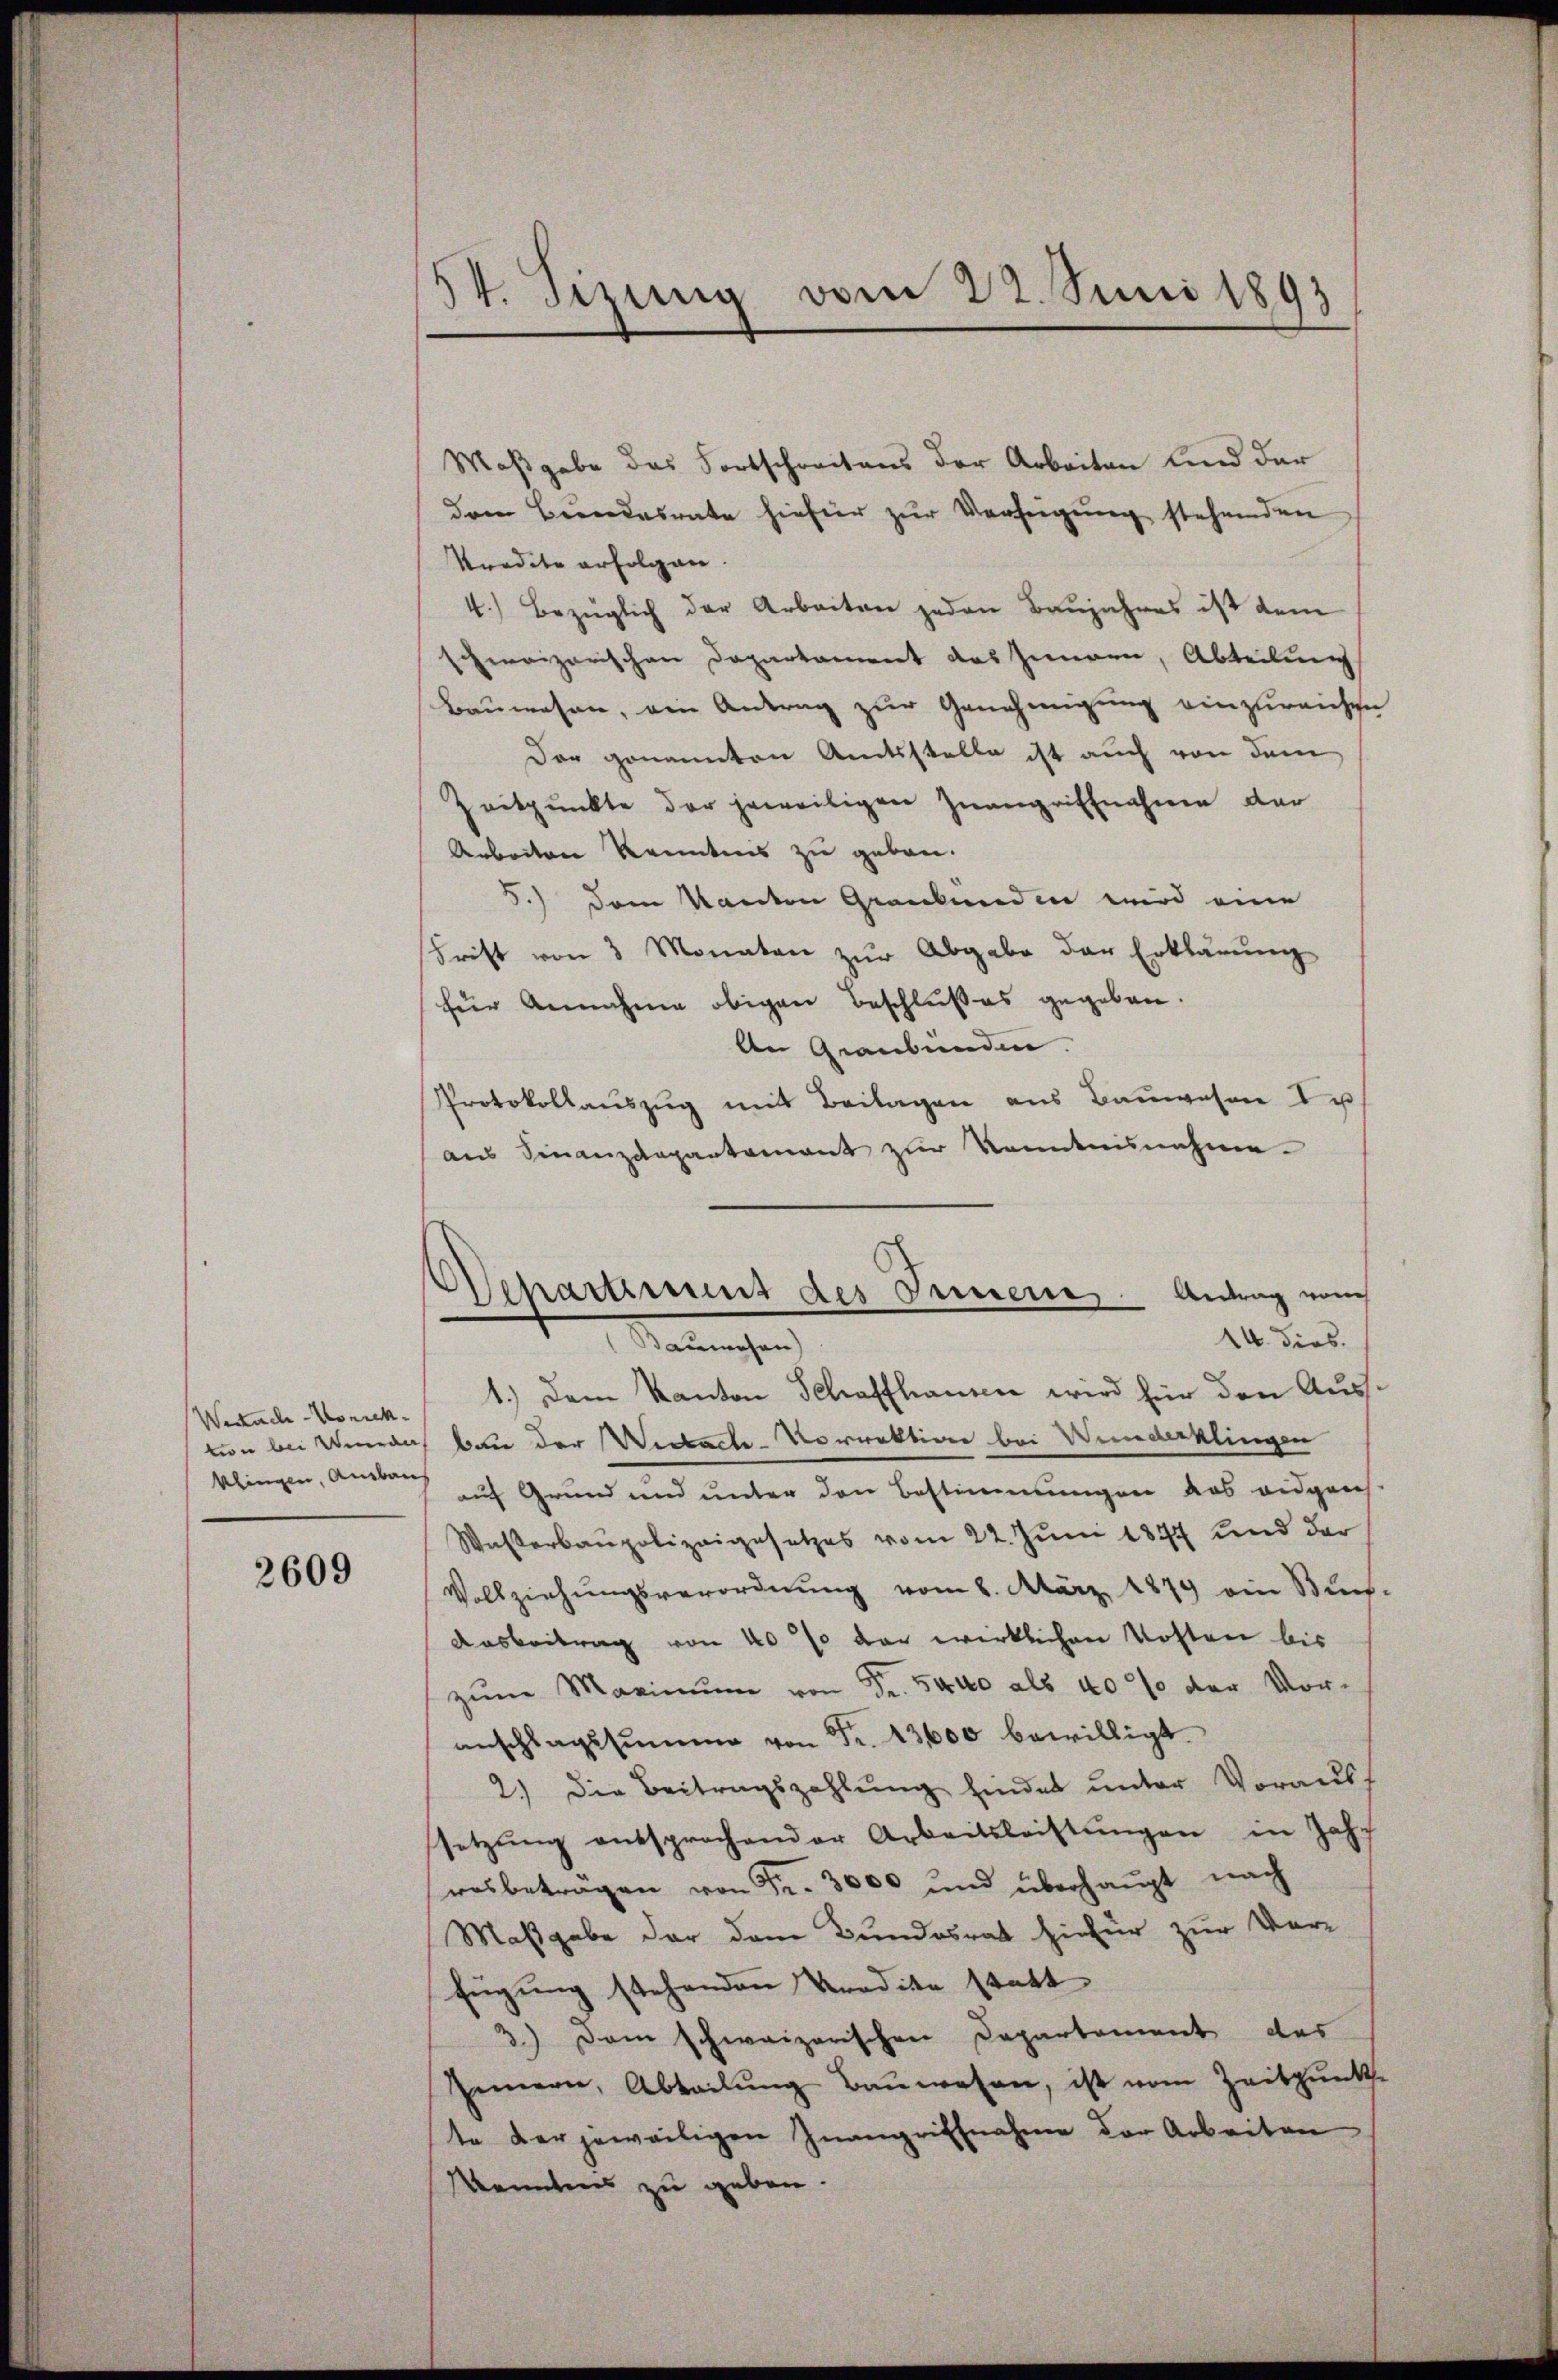
Wertach Vorrekklingen, Ausbau

2609

54. Sizung vom 22. Juni 1893

Maßgabe das Fortschreitens der Arbeiten und der
dem Bundesrate hiefür zur Verfeigung stehenden
Stradite erfolgen.
4.) Bezüglich der Arbeiten jeden Baŭjahres ist dem
schreizerischen Departament das Innern, Abteilung
Bauwesen, ein Antrag zur Genehmigung einzureichen
Der genannten Amtsstelle ist auch von dem
Zeitpunkte der jeweiligen Inangriffnahme der
Arbeiten kanntens zu geben.
5.) Dem Kanton Graubünden wird eine
Frist von 3 Monaten zŭr Abgabe der Erklärŭng
für Annahme obigen Beschlußes gegeben.
An Graubünden.
Protokollauszug mit Beilagen aus Bauwesen I u
aus Finanzdepartement zur Kenntnisnahme
1.) Dem Kanton Schaffhausen wird für den Austion bei nach Bau der Wickacte-Vorrektion bei Widerklingen
auf Grund und unter den Bestimmungen das eidgen
Waßerbaupolizeigesetzes vom 22. Juni 1874 und der
Vollziehŭngsverordnŭng vom 8. März 1879 ein Bun-
Ausbeitrag von 40 so der wirklichen Kosten bis
zŭm Maximŭm von Fr. 5400 als 40% der Vor-
anschlagssumme von Fr. 13600 bewilligt.
2.) Die Beitragszahlŭng findet unter Voraus
setzŭng entsprochender Arbeitsleistŭngen in Jahr
ras beträgen von Fr. 3000 und überhaupt nach
Maßgabe der dem Bundesrat hiefür zur Vor-
fügung stehenden Prodike statt
3.) Dem schweizerischen Departement das
Innern, Abteilung Bauwesen, ist vom Zeitpunk
te der jeweiligen Inangriffnahme der Arbeiten
Kenntens zu geben.

Departement des Semmene Antrag von
14. dies.
Verbrechen